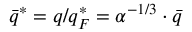
\bar { q } ^ { * } = q / q _ { F } ^ { * } = \alpha ^ { - 1 / 3 } \cdot \bar { q }